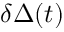
\delta \Delta ( t )